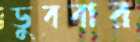
ডুববার